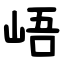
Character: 峿